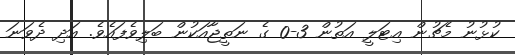
ކުޅުނު މެޗުން އިޓަލީ އަތުން 3-0 ގެ ނަތީޖާއަކުން ބަލިވެފައެވެ. އަދި ދެވަނަ